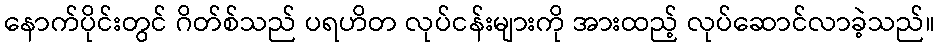
နောက်ပိုင်းတွင် ဂိတ်စ်သည် ပရဟိတ လုပ်ငန်းများကို အားထည့် လုပ်ဆောင်လာခဲ့သည်။